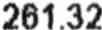
261.32